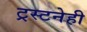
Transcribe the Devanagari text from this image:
ट्रस्टनेही